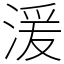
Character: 湲